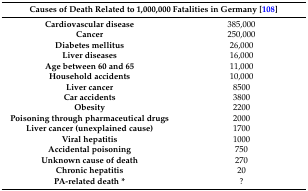
<table><thead><tr><td colspan="2"><b>Causes of Death Related to 1,000,000 Fatalities in Germany [108]</b></td></tr></thead><tbody><tr><td><b>Cardiovascular disease</b></td><td>385,000</td></tr><tr><td><b>Cancer</b></td><td>250,000</td></tr><tr><td><b>Diabetes mellitus</b></td><td>26,000</td></tr><tr><td><b>Liver diseases</b></td><td>16,000</td></tr><tr><td><b>Age between 60 and 65</b></td><td>11,000</td></tr><tr><td><b>Household accidents</b></td><td>10,000</td></tr><tr><td><b>Liver cancer</b></td><td>8500</td></tr><tr><td><b>Car accidents</b></td><td>3800</td></tr><tr><td><b>Obesity</b></td><td>2200</td></tr><tr><td><b>Poisoning through pharmaceutical drugs</b></td><td>2000</td></tr><tr><td><b>Liver cancer (unexplained cause)</b></td><td>1700</td></tr><tr><td><b>Viral hepatitis</b></td><td>1000</td></tr><tr><td><b>Accidental poisoning</b></td><td>750</td></tr><tr><td><b>Unknown cause of death</b></td><td>270</td></tr><tr><td><b>Chronic hepatitis</b></td><td>20</td></tr><tr><td><b>PA-related death *</b></td><td>?</td></tr></tbody></table>